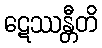
ဋေဿန္တီတိ